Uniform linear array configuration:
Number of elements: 24
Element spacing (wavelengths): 0.25
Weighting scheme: blackman
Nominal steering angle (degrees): -60
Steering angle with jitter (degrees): -59.663
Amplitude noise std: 0.05
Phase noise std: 0.05

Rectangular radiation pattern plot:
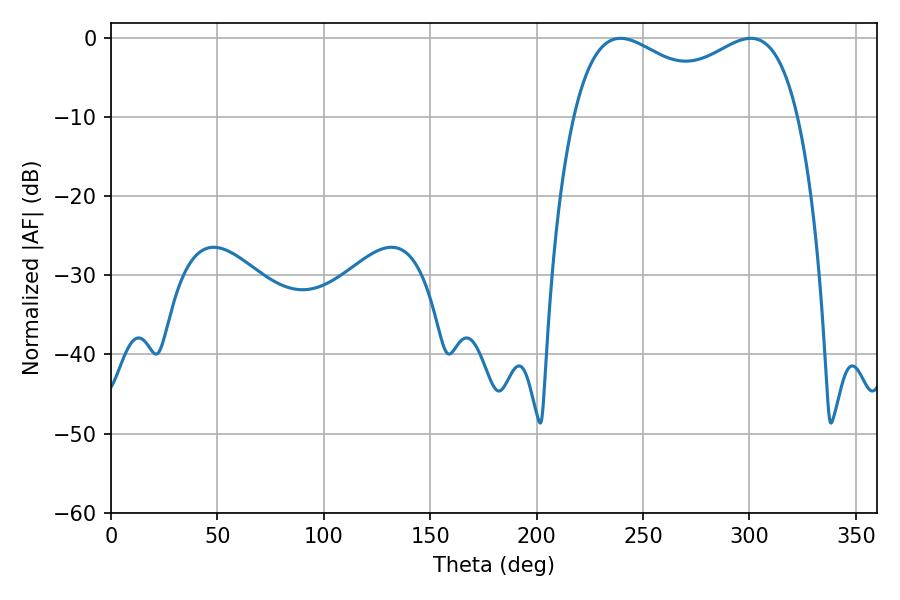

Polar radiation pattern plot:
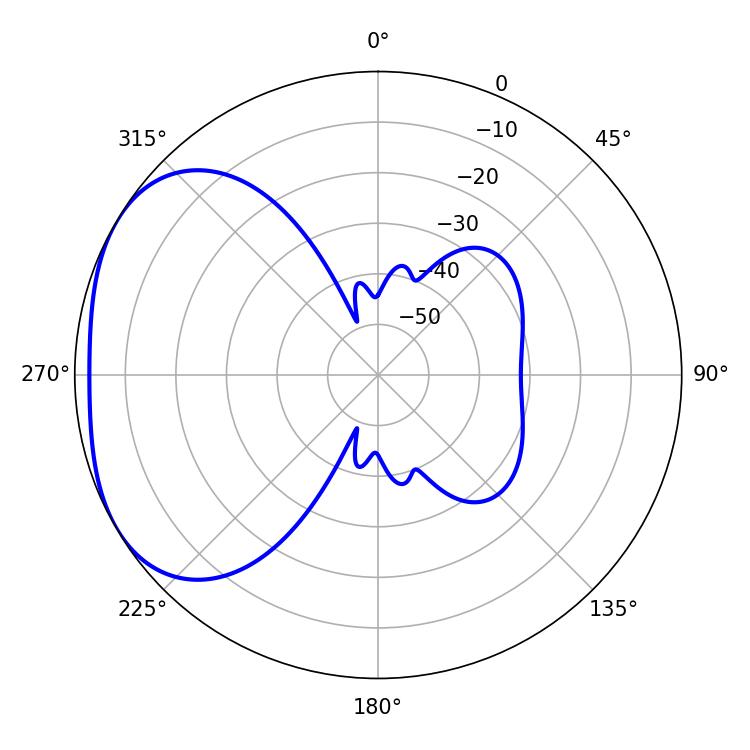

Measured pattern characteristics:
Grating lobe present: FALSE
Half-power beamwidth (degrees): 87.84
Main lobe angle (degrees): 239.4